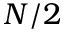
N / 2